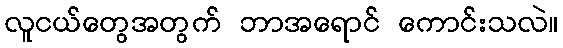
လူငယ်တွေအတွက် ဘာအရောင် ကောင်းသလဲ။